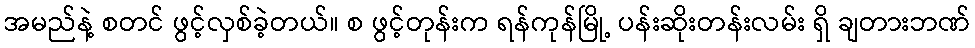
အမည်နဲ့ စတင် ဖွင့်လှစ်ခဲ့တယ်။ စ ဖွင့်တုန်းက ရန်ကုန်မြို့ ပန်းဆိုးတန်းလမ်း ရှိ ချတားဘဏ်